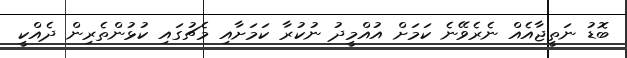
ބޮޑު ނަތީޖާއެއް ނެރެވޭނެ ކަމަށް އުއްމީދު ނުކުރާ ކަމަށާއި މެޗުގައި ކުޅުންތެރިން ދެއްކީ